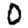
Digit: 0